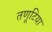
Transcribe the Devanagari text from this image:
तणूटिया